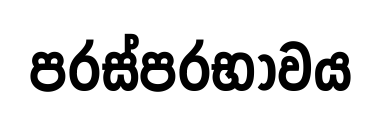
පරස්පරභාවය